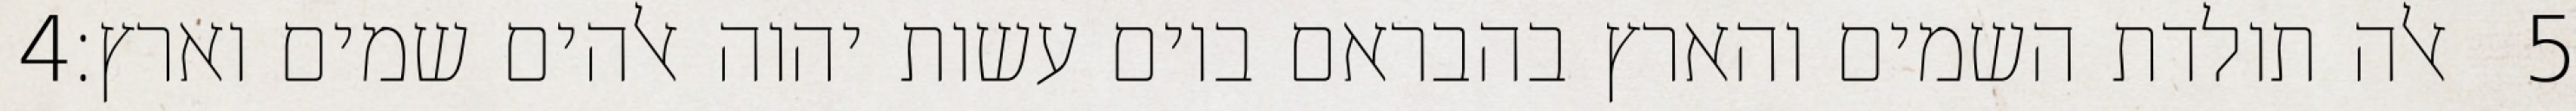
‎4‏ אלה תולדת השמים והארץ בהבראם ביום עשות יהוה אלהים שמים וארץ׃ ‎5‏